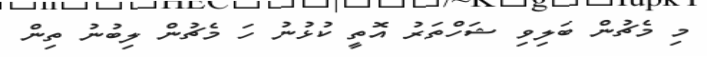
މި މެޗުން ބަލިވި ޝަހްތަރު އޮތީ ކުޅުނު ހަ މެޗުން ލިބުނު ތިން